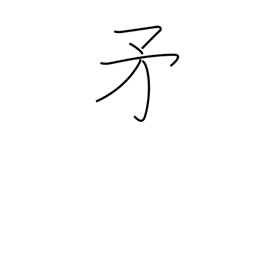
Meaning: halberd